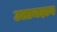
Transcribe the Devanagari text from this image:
उताचढ़ाव